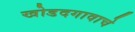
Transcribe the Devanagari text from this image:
खोडदगावाचे